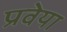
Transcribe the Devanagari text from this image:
प्रवेया